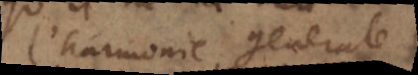
l’harmonie generale